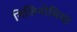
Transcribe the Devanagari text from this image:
निशिनोमिया